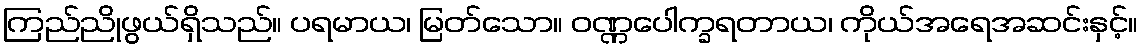
ကြည်ညိုဖွယ်ရှိသည်။ ပရမာယ၊ မြတ်သော။ ဝဏ္ဏပေါက္ခရတာယ၊ ကိုယ်အရေအဆင်းနှင့်။